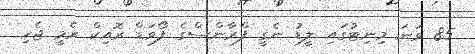
85 ވަނަ މިނިޓުގައި ލީޑު ނެގީ ފްރާންސްގެ ފޯވަޑް ރޮއިކް ރެމީ ޖެހި